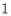
1